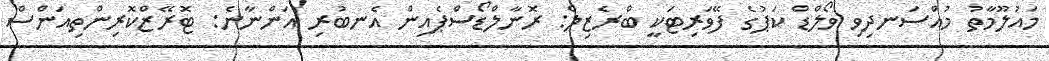
މައުލޫމާތު މުއްސަނދިވި ވޯލްޑް ކަޕުގެ ފޭވަރިޓަކީ ބްރެޒިލް: ރޮނާލްޑޯސްޕެއިން އެނބުރި އަންނާނެ: ޓޮރޭޒްކޮރިންތިއަންސް